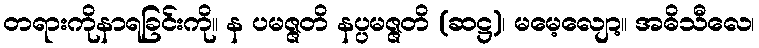
တရားကိုနာရခြင်းကို။ န ပမဇ္ဇတိ နပ္ပမဇ္ဇတိ (ဆဋ္ဌ)၊ မမေ့လျော့။ အဓိသီလေ၊